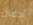
أحضان